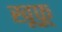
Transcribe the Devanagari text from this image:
खूफू